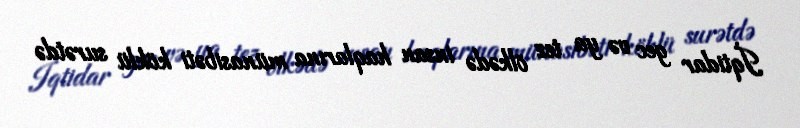
İqtidar gec və ya tez ölkədə insan haqlarına münasibəti köklü surətdə